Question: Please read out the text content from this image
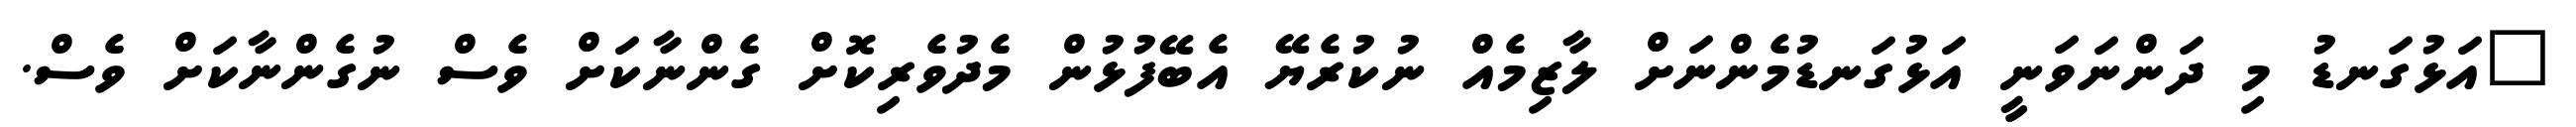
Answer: "އަޅުގަނޑު މި ދަންނަވަނީ އަޅުގަނޑުމެންނަށް ލާޒިމެއް ނުކުރެޔޭ އެބޭފުޅުން މެދުވެރިކޮށް ގެންނާކަށް ވެސް ނުގެންނާކަށް ވެސް.